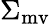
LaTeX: \Sigma_{\mathrm{mv}}